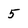
Character: 5